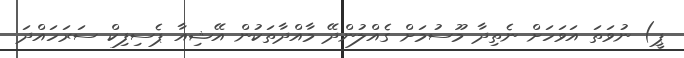
ޕީ) ނުވަތަ އަވަހަށް ނެތިދާ މޫސުމަށް ގެއްލުންދޭ މާއްދާތަކުން އޭޝިއާ ޕެސިފިކް ސަރަހައްދަ